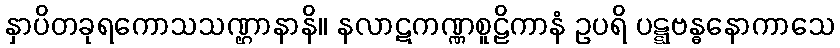
နှာပိတခုရကောသသဏ္ဌာနာနိ။ နလာဋကဏ္ဏစူဠိကာနံ ဥပရိ ပဋ္ဋဗန္ဓနောကာသေ